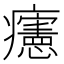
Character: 𤼂